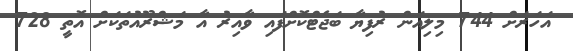
އަހަރަށް 744 މިލިއަން ރުފިޔާ ބަޖެޓްކޮށްފައި ވާއިރު އާ މަޝްރޫއުތަކަށް އޮތީ 728